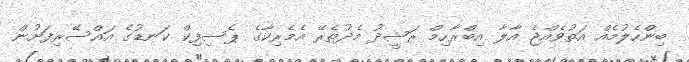
ބިންހެލުމެއް އަތުވެއްޖެ އާލާ އިބްރާހިމް ރަޝީދު މެދުތެރޭ އެމެރިކާގެ ޕެސިފިކް ކަނޑުގެ އައްސޭރިފަށުން